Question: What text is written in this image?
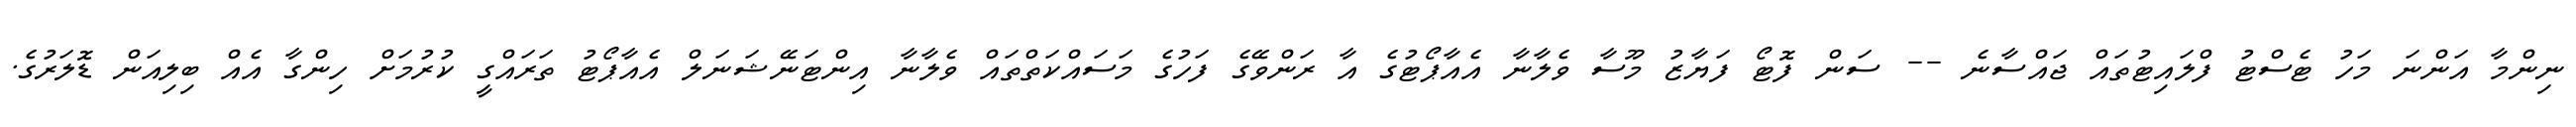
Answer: ނިންމާ އަންނަ މަހު ޓެސްޓު ފްލައިޓުތައް ޖައްސާނެ -- ސަން ފޮޓޯ ފަޔާޒު މޫސާ ވެލާނާ އެއާޕޯޓުގެ އާ ރަންވޭގެ ފަހުގެ މަސައްކަތްތައް ވެލާނާ އިންޓަނޭޝަނަލް އެއާޕޯޓު ތަރައްގީ ކުރުމަށް ހިންގާ އެއް ބިލިއަން ޑޮލަރުގެ.